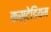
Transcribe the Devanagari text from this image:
कस्टेडियम